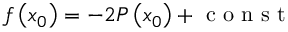
f \left( x _ { 0 } \right) = - 2 P \left( x _ { 0 } \right) + \mathrm { ~ c ~ o ~ n ~ s ~ t ~ }